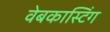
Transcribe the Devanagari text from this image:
वेबकास्टिंग